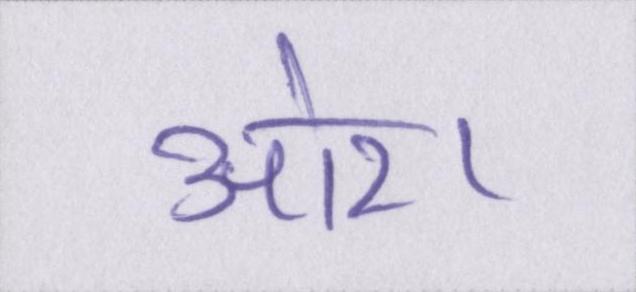
ओर।